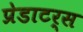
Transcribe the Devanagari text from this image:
प्रेडाटर्स